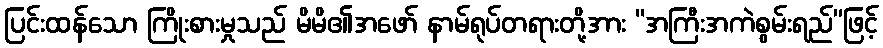
ပြင်းထန်သော ကြိုးစားမှုသည် မိမိ၏အဖော် နာမ်ရုပ်တရားတို့အား “အကြီးအကဲစွမ်းရည်”ဖြင့်